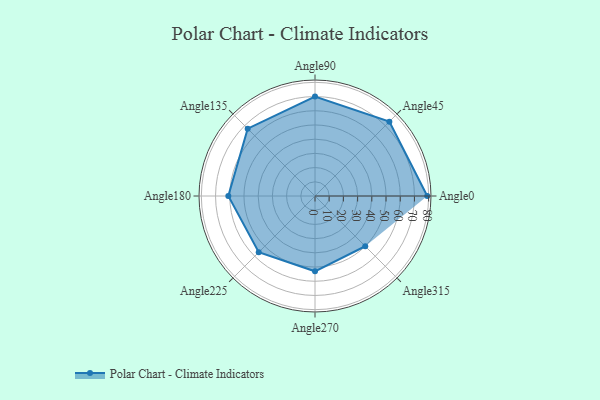
{"axis": {"x": "Angle", "y": "Radius"}, "legend": [""], "data": [{"x": "Angle0", "y": 79.0, "type": ""}, {"x": "Angle45", "y": 74.0, "type": ""}, {"x": "Angle90", "y": 70.0, "type": ""}, {"x": "Angle135", "y": 67.0, "type": ""}, {"x": "Angle180", "y": 61.0, "type": ""}, {"x": "Angle225", "y": 56.0, "type": ""}, {"x": "Angle270", "y": 53.0, "type": ""}, {"x": "Angle315", "y": 50, "type": ""}]}